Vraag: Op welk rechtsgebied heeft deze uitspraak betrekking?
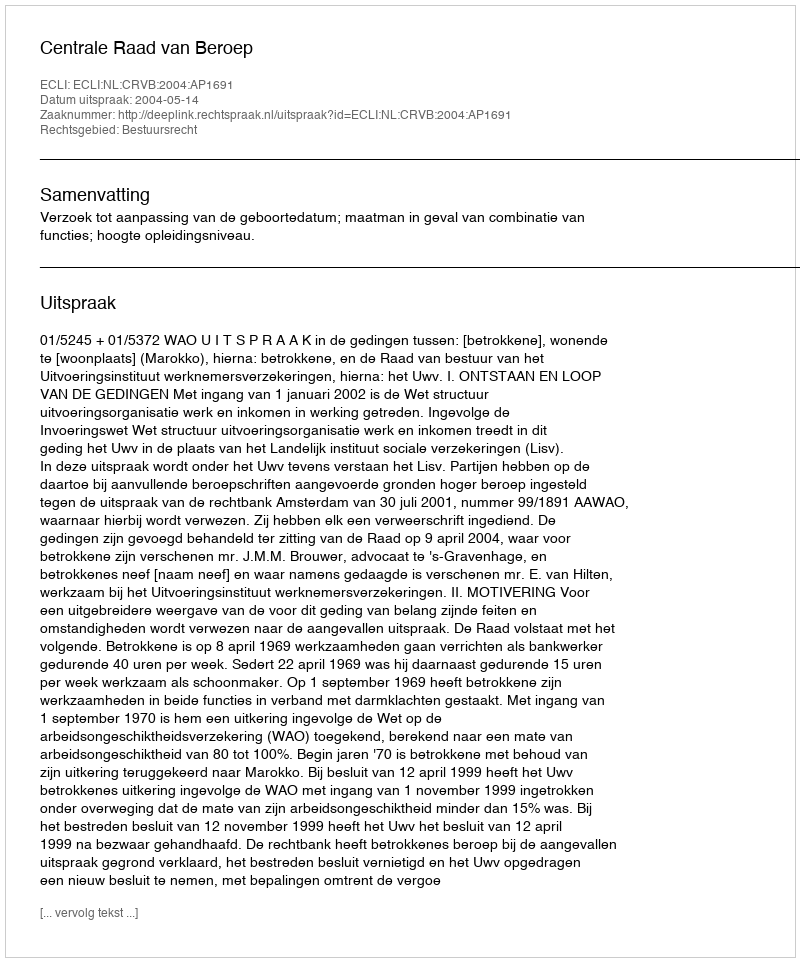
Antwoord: Bestuursrecht